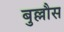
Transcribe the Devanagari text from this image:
बुल्लौस